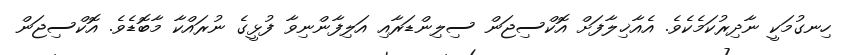
ހިނގުމަކީ ނާދިރުކަމެކެވެ. އެއާޚިލާފަށް އޮކްސިޖަން ސިލިންޑަރާއި އަލިފާންނިވާ ފުޅީގެ ނުރައްކާ މާބޮޑެވެ. އޮކްސިޖަން